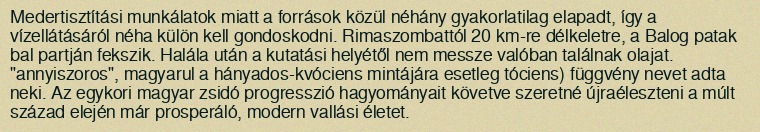
Medertisztítási munkálatok miatt a források közül néhány gyakorlatilag elapadt, így a vízellátásáról néha külön kell gondoskodni. Rimaszombattól 20 km-re délkeletre, a Balog patak bal partján fekszik. Halála után a kutatási helyétől nem messze valóban találnak olajat. "annyiszoros", magyarul a hányados-kvóciens mintájára esetleg tóciens) függvény nevet adta neki. Az egykori magyar zsidó progresszió hagyományait követve szeretné újraéleszteni a múlt század elején már prosperáló, modern vallási életet.